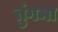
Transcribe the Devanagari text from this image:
तुंगमा